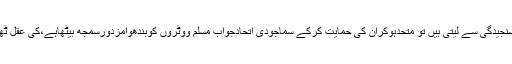
اگرمایاوتی مسلم ایشوزکوسنجیدگی سے لیتی ہیں تو متحدہوکران کی حمایت کرکے سماجودی اتحادجواب مسلم ووٹروں کوبندھوامزدورسمجھ بیٹھاہے،کی عقل ٹھکانے لگائی جاسکتی ہے۔